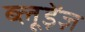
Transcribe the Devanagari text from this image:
ब्लूड़ेंज़